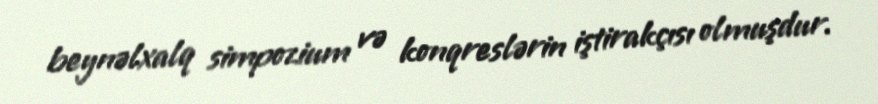
beynəlxalq simpozium və konqreslərin iştirakçısı olmuşdur.